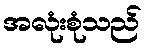
အလုံးစုံသည်